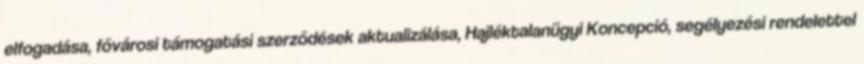
elfogadása, fővárosi támogatási szerződések aktualizálása, Hajléktalanügyi Koncepció, segélyezési rendelettel